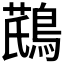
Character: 𪂛